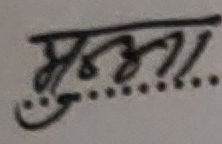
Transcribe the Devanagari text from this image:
मुन्ना...